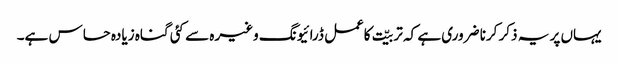
یہاں پر یہ ذکر کرنا ضروری ہے کہ تربیّت کاعمل ڈرائیونگ وغیرہ سے کئی گناہ زیادہ حساس ہے۔